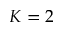
K = 2